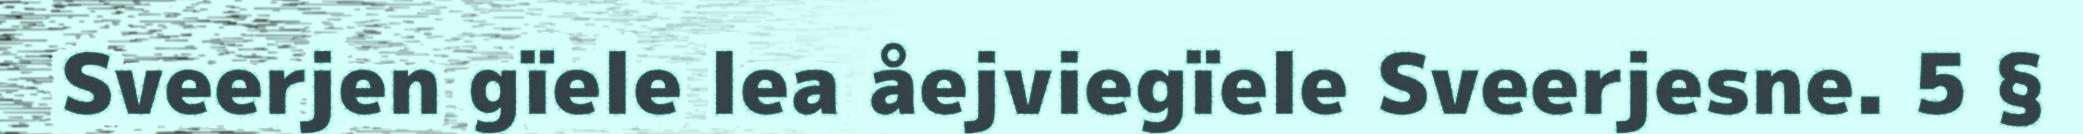
Sveerjen gïele lea åejviegïele Sveerjesne. 5 §